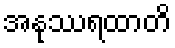
အနုဿရထာတိ